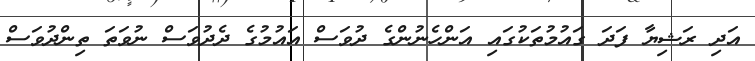
އަދި ރަޝިޔާ ފަދަ ގައުމުތަކުގައި އަންހެނުންގެ ދުވަސް އައުމުގެ ދެދުވަސް ނުވަތަ ތިންދުވަސް